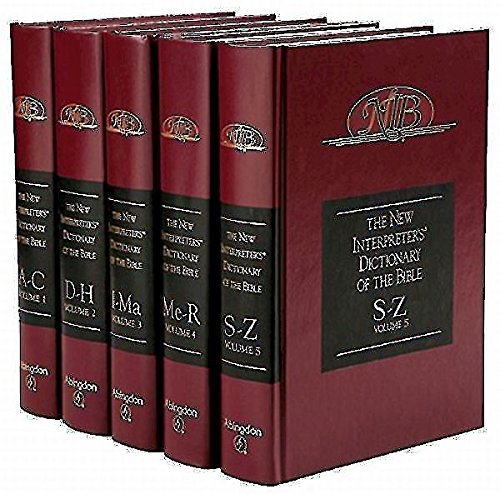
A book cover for The New Interpreter's Dictionary of the Bible (5 Volumes); Christian Books & Bibles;